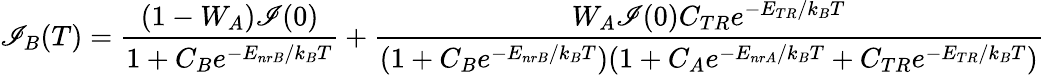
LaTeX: \mathscr{I}_{B}(T)=\frac{{(1-W_{A})\mathscr{I}(0)}}{{1+C_{B}e^{-E_{nrB}/k_{B}T}}}+\frac{{W_{A}\mathscr{I}(0)C_{TR}e^{-E_{TR}/k_{B}T}}}{{(1+C_{B}e^{-E_{nrB}/k_{B}T})(1+C_{A}e^{-E_{nrA}/k_{B}T}+C_{TR}e^{-E_{TR}/k_{B}T})}}